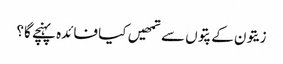
زیتون کے پتوں سے تمھیں کیا فائدہ پہنچے گا؟